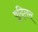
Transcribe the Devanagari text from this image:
वूद्लिस